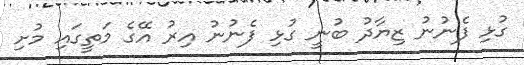
ގުޅި ފެނުނު ޒިޔާދު ބުނީ ގުޅި ފެނުނު އިރު އޭގެ މަތީގައި މުށި